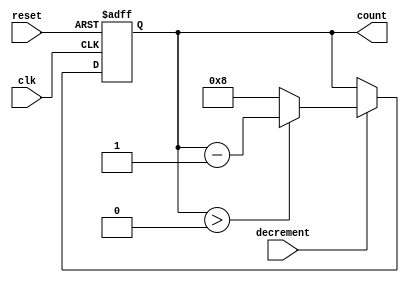
module decremental_counter #(
    parameter MAX_COUNT = 8 // Parameter for maximum count value (0 to MAX_COUNT)
) (
    input wire clk,            // Clock signal
    input wire reset,          // Asynchronous reset signal
    input wire decrement,       // Control signal to trigger decrement operation
    output reg [clog2(MAX_COUNT):0] count // Current value of the counter
);

// Function to calculate log2 of a number
function integer clog2;
    input integer value;
    begin
        clog2 = 0;
        while (2**clog2 < value) begin
            clog2 = clog2 + 1;
        end
    end
endfunction

// Initial block to set the initial count value
initial begin
    count = MAX_COUNT; // Set counter to maximum value at initialization
end

// Always block for counter logic
always @(posedge clk or posedge reset) begin
    if (reset) begin
        count <= MAX_COUNT; // Reset counter to maximum value
    end else if (decrement) begin
        if (count > 0) begin
            count <= count - 1; // Decrement the counter
        end else begin
            count <= MAX_COUNT; // Wrap-around to maximum value
        end
    end
end

endmodule